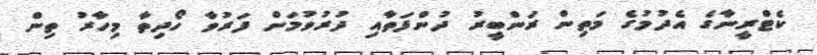
ކެޓްރީނާގެ އެދުމުގެ މަތިން ރަންބީރު ދުންފަތާއި ދުރުވުމަށް ފަރުވާ ހޯދިތާ މިހާރު ތިން